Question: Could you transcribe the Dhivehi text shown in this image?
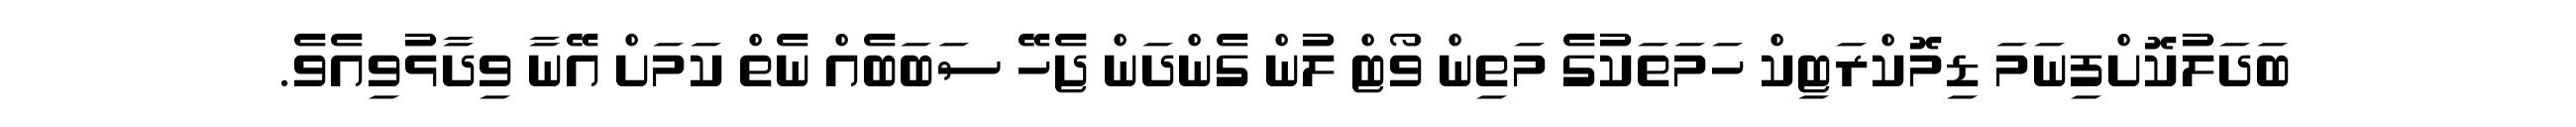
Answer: ބަދަލުކޮށްފިނަމަ ޑިމޮކްރަޓިކް ހަމަތަކުގެ މަތިން ވޯޓް ލުން ގެންދަން ޖެހޭ ސަބަބެއް ނެތް ކަމަށް އޭނާ ވިދާޅުވިއެވެ.